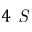
4 \textit { S }